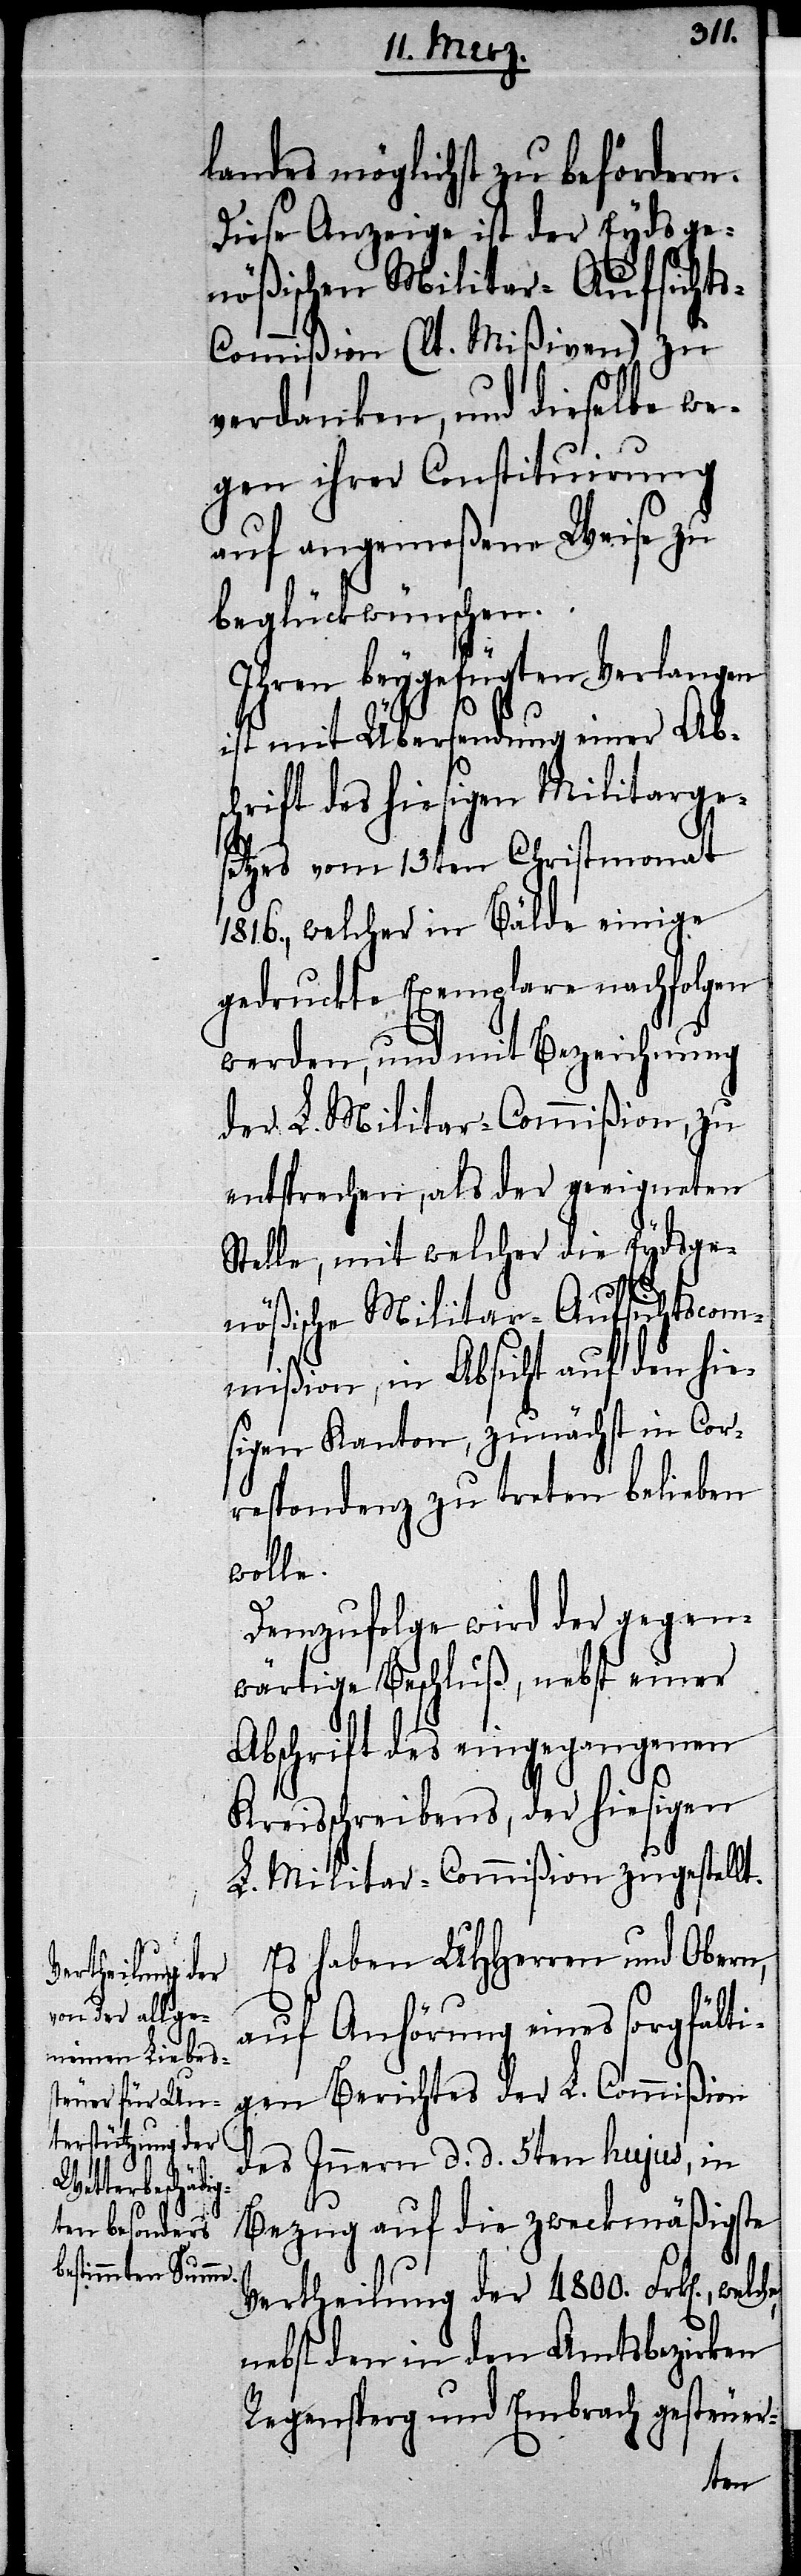
landes möglichst zu befördern.
Diese Anzeige ist der Eydsge¬
nößischen Militar-Aufsicht¬
s-Commißion (lt. Mißiven) zu
verdanken, und dieselbe we¬
gen ihrer Constituirung
auf angemeßene Weise zu
beglückwünschen.
Ihren beygefügten Verlangen
ist mit Übersendung einer Abs¬
chrift des hiesigen Militarge¬
setzes vom 13ten Christmonat
1816., welcher in Bälde einige
gedruckte Exemplare nachfolgen
werden, und mit Bezeichnung
der L. Militar-Commißion, zu
entsprechen, als der geeigneten
Stelle, mit welcher die Eydsge¬
nößische Militar-Aufsichtscom¬
mißion, in Absicht auf den hie¬
sigen Kanton, zunächst in Cor¬
respondenz zu treten belieben
welche,
Demzufolge wird der gegen¬
wärtige Beschluß, nebst einer
Abschrift des eingegangenen
Kreisschreibens, der hiesigen
L. Militar-Commißion zugestellt.
Es haben UHHerren und Obern,
auf Anhörung eines sorgfälti¬
gen Berichtes der L. Commißion
des Innern d. d. 5ten hujus, in
Bezug auf die zweckmäßigste
Vertheilung der 4800. Frk[en].,
nebst den in den Amtsbezirken
Regensperg und Embrach gesteuer-